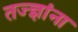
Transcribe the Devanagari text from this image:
तज्‍ज्ञांना